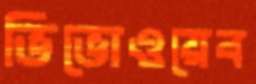
ভিভোওয়েব